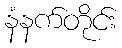
နံနက်တိုင်း